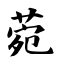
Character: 菀